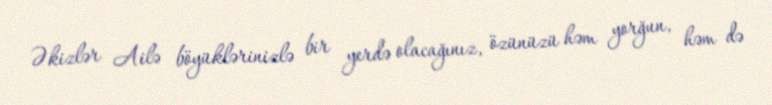
Əkizlər Ailə böyüklərinizlə bir yerdə olacağınız, özünüzü həm yorğun, həm də